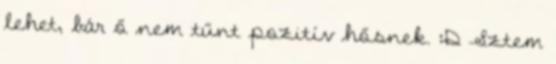
lehet, bár ő nem tűnt pozitív hősnek. :D Sztem